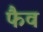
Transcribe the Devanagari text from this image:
फैव